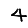
Digit: 4